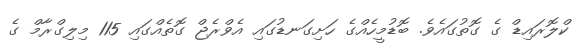
ކްލޮރައިޑް ގެ ގޮތުގައެވެ. ބޮޑުމީހެއްގެ ހަށިގަނޑުގައި އެވްރެޖް ގޮތެއްގައި 115 މިލިގްރާމް ގެ